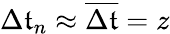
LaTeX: \Delta\mathfrak{t}_{n}\approx\overline{{{\Delta\mathfrak{t}}}}=z